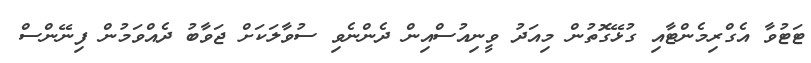
ޓަޓުވާ އެގްރިމެންޓާއި ގުޅޭގޮތުން މިއަދު ވީނިއުސްއިން ދެންނެވި ސުވާލަކަށް ޖަވާބު ދެއްވަމުން ފިނޭންސް